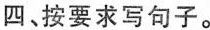
四、按要求写句子。